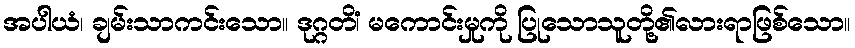
အပါယံ၊ ချမ်းသာကင်းသော။ ဒုဂ္ဂတိံ၊ မကောင်းမှုကို ပြုသောသူတို့၏လားရာဖြစ်သော။